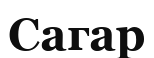
Сагар